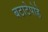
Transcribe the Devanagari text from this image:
बटाटेपोहे